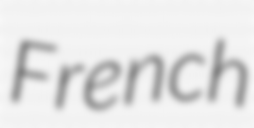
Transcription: French